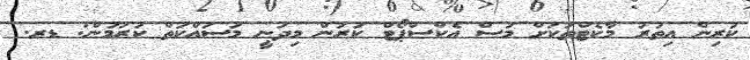
ކުރިން އިތުރު މާކެޓްތަކަށް މަސް އެކްސްޕޯޓް ކުރަން މިދަނީ މަސައްކަތް ކުރަމުން: ޑރ.